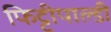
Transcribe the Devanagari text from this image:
फिट्टीपाल्डी